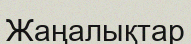
Жаңалықтар